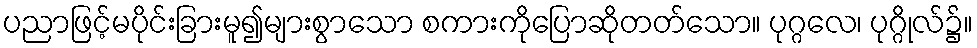
ပညာဖြင့်မပိုင်းခြားမူ၍များစွာသော စကားကိုပြောဆိုတတ်သော။ ပုဂ္ဂလေ၊ ပုဂ္ဂိုလ်၌။